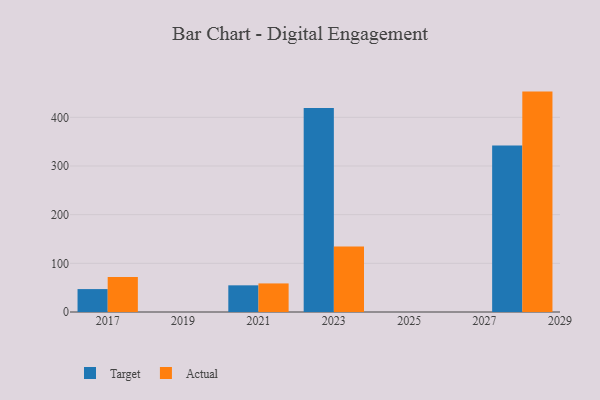
{"axis": {"x": "Year", "y": "Inventory Turnover"}, "legend": ["Actual", "Target"], "data": [{"x": "2021", "y": 54.8, "type": "Target"}, {"x": "2021", "y": 58.7, "type": "Actual"}, {"x": "2023", "y": 419.2, "type": "Target"}, {"x": "2023", "y": 134.5, "type": "Actual"}, {"x": "2028", "y": 342.3, "type": "Target"}, {"x": "2028", "y": 452.9, "type": "Actual"}, {"x": "2017", "y": 47.1, "type": "Target"}, {"x": "2017", "y": 71.7, "type": "Actual"}]}